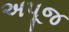
અપૂજ